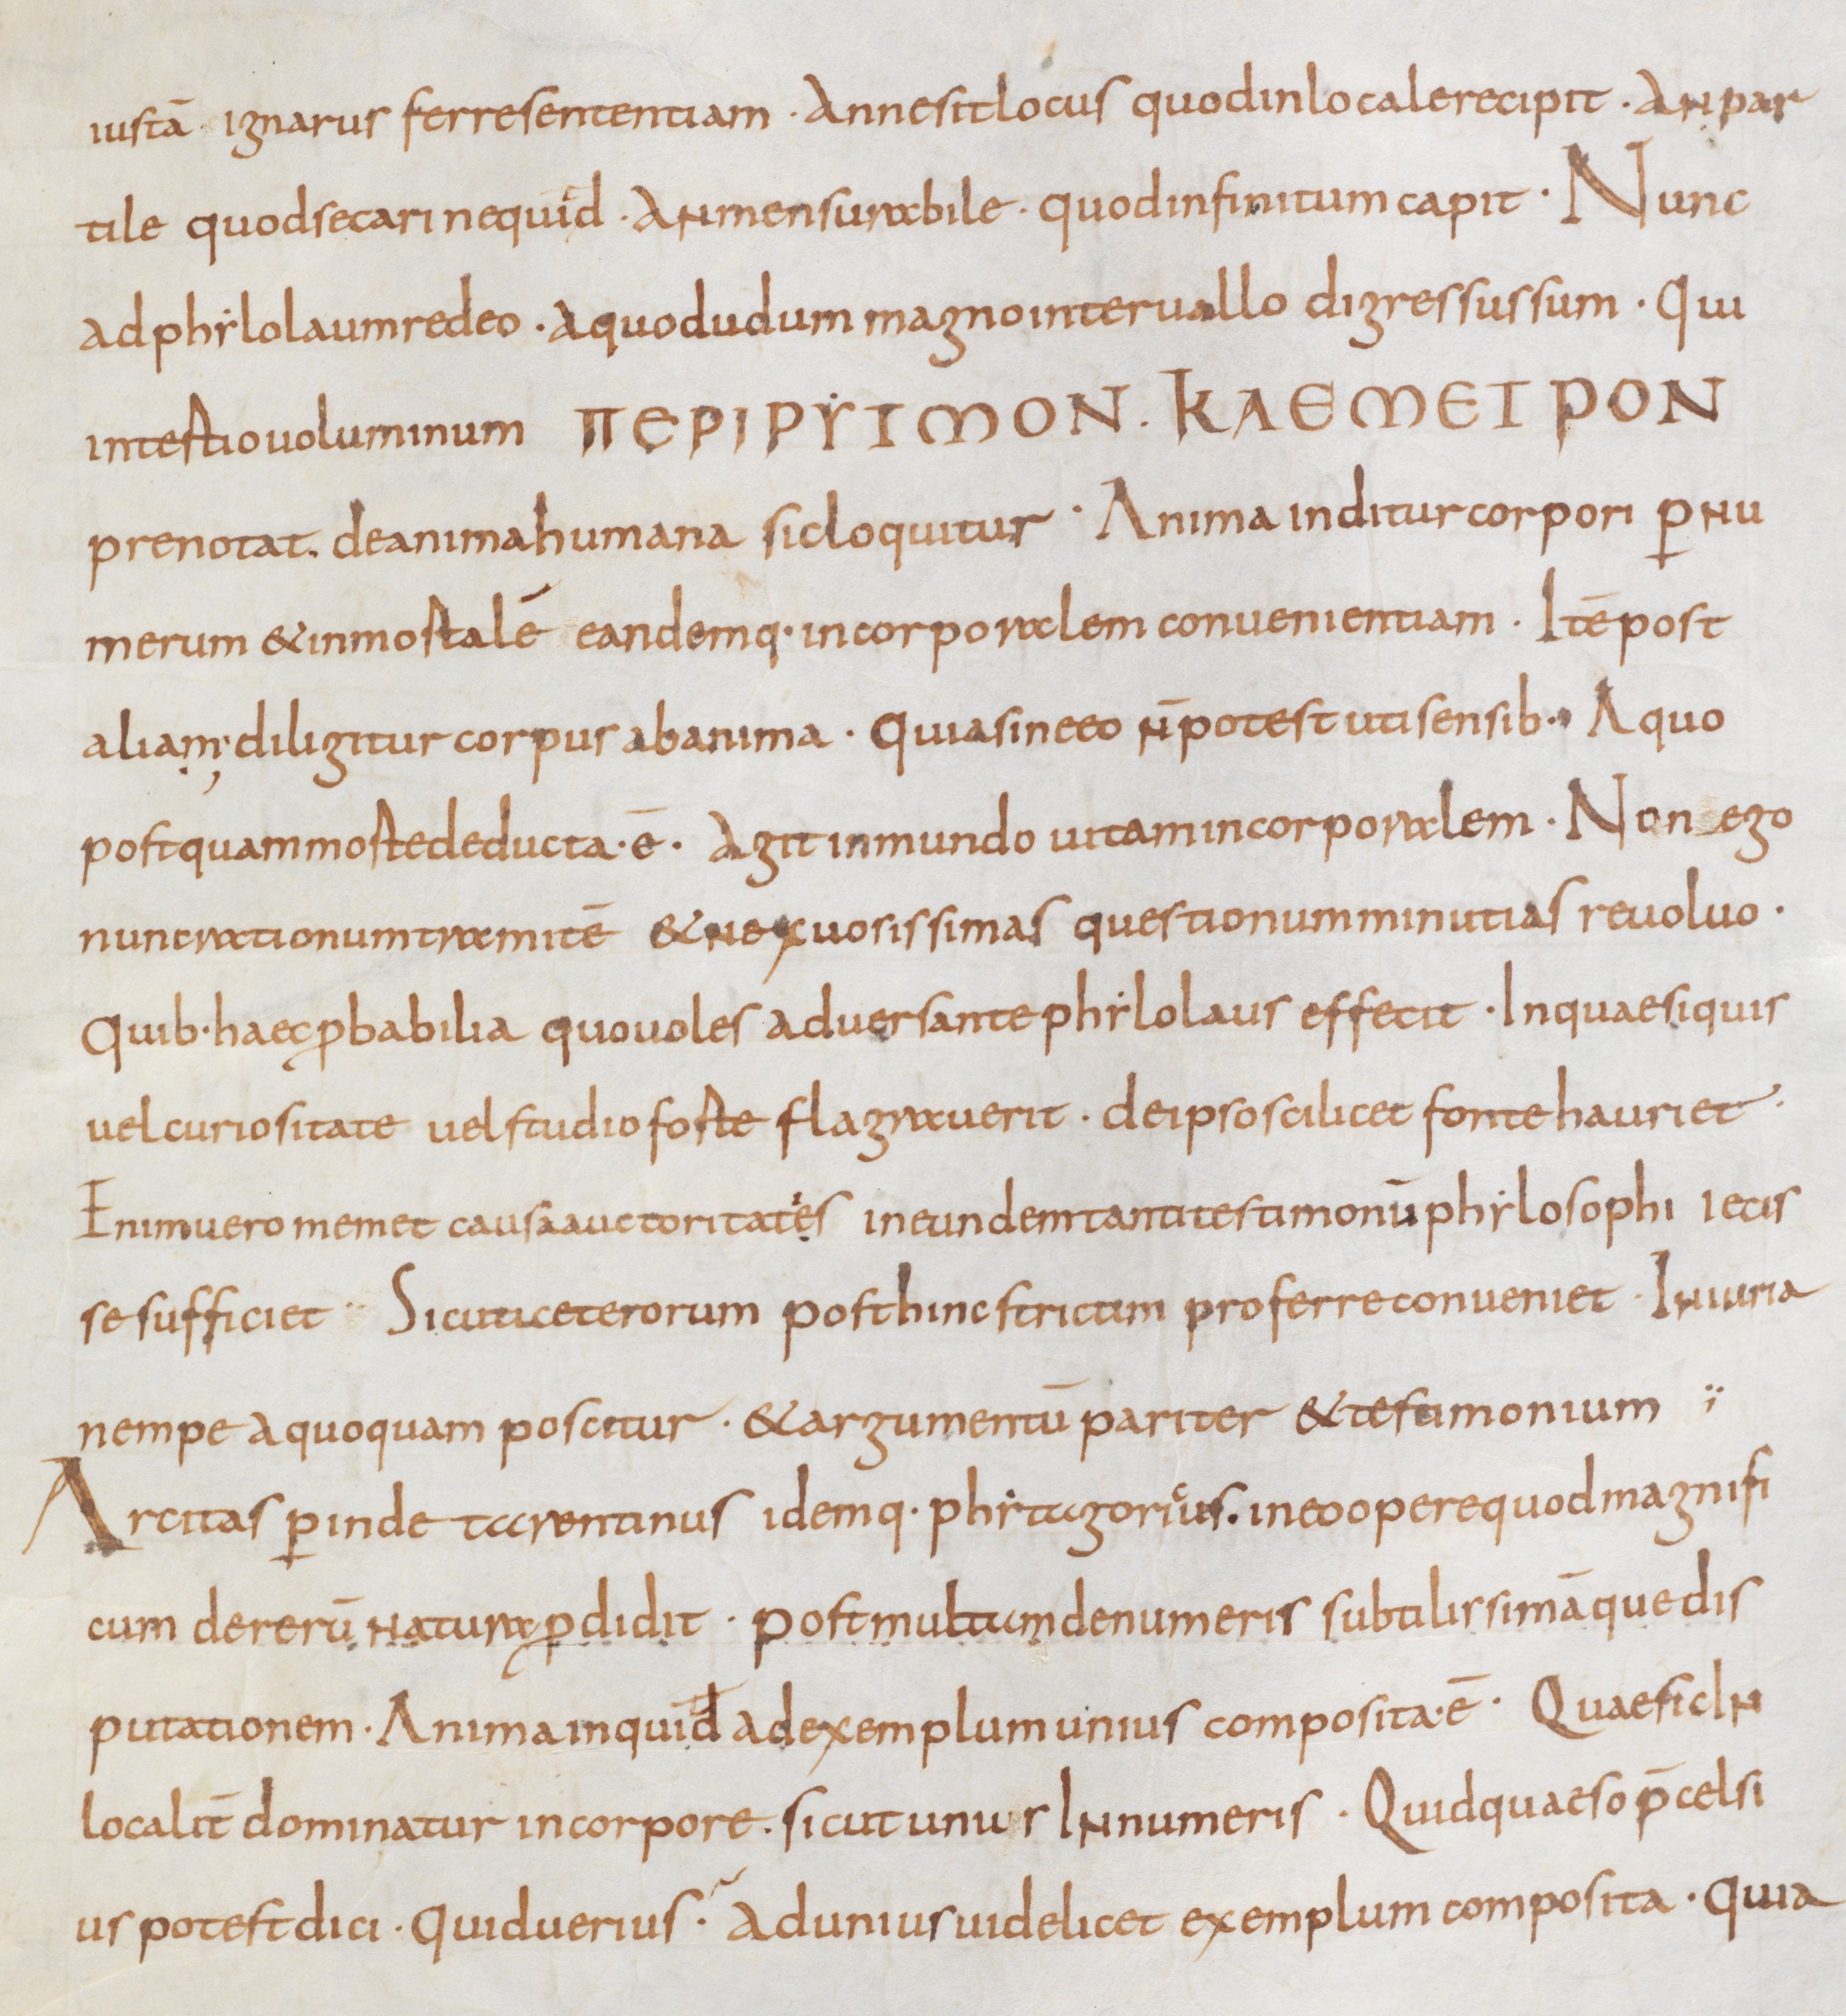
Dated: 850–874